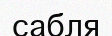
сабля